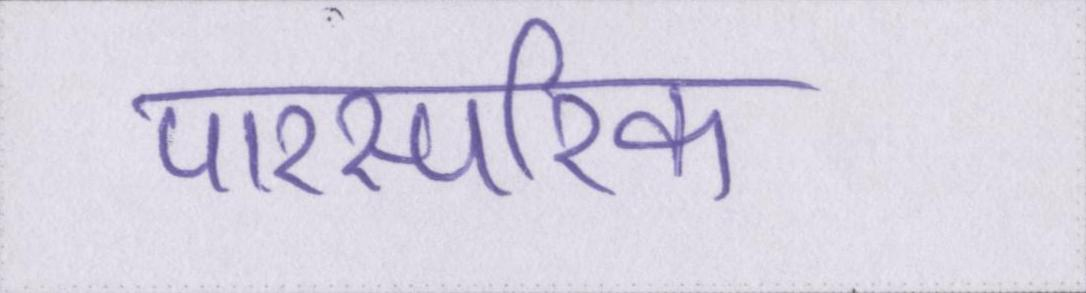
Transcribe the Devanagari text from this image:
पारस्परिक